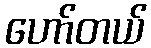
ဟော်တယ်